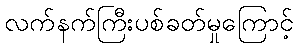
လက်နက်ကြီးပစ်ခတ်မှုကြောင့်